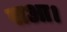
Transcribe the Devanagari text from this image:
सआ।